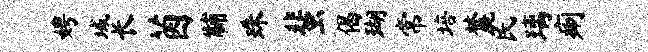
娉域长茵黼珠蜚偈瑚常培麓民璃痢